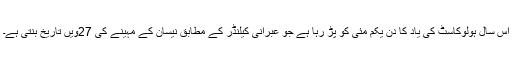
اس سال ہولوکاسٹ کی یاد کا دن یکم مئی کو پڑ رہا ہے جو عبرانی کیلنڈر کے مطابق نیسان کے مہینے کی 27ویں تاریخ بنتی ہے۔